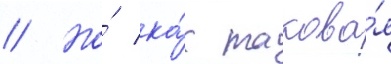
// Но́ ка́к такова́я